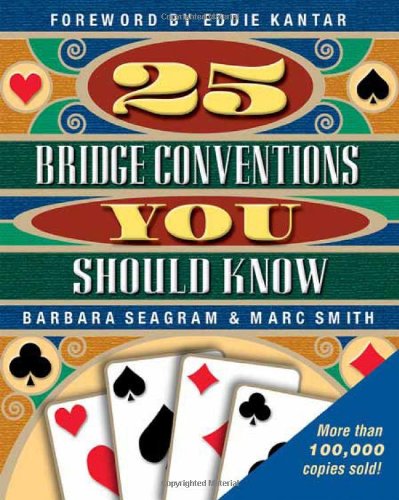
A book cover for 25 Bridge Conventions You Should Know; Barbara Seagram; Humor & Entertainment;